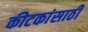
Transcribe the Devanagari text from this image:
कीटकांसाठी